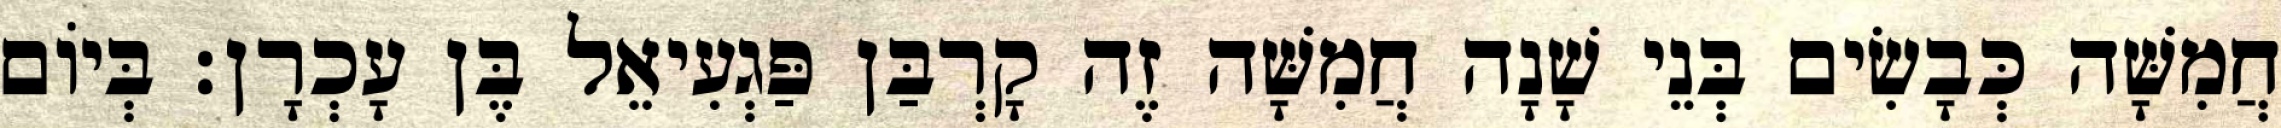
חֲמִשָּׁה כְּבָשִׂים בְּנֵי שָׁנָה חֲמִשָּׁה זֶה קָרְבַּן פַּגְעִיאֵל בֶּן עָכְרָן׃ בְּיוֹם